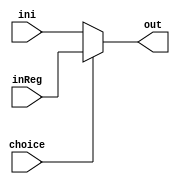

module mac( //Mux of main ALU output accumulator data source
    inReg,
    ini,
    choice,
    out
);
    input[15:0] inReg;
    input[15:0] ini;
    input choice;
    output reg[15:0] out;

always@(*)
    if (choice == 1) begin
        out <= inReg;
    end else begin
        out <= ini;
    end
    
endmodule